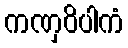
ကဏှဝိပါကံ